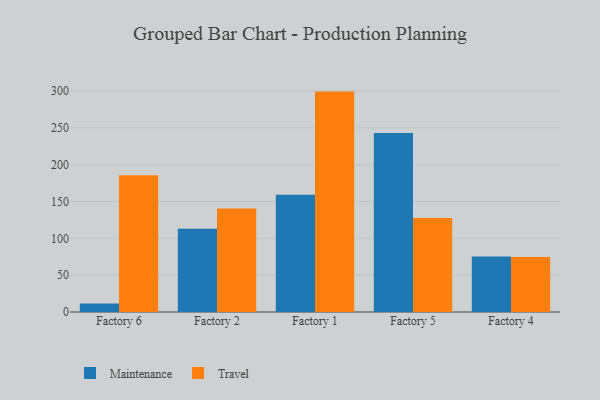
{"axis": {"x": "Factory", "y": "Shipments"}, "legend": ["Maintenance", "Travel"], "data": [{"x": "Factory 6", "y": 11.7, "type": "Maintenance"}, {"x": "Factory 6", "y": 185.8, "type": "Travel"}, {"x": "Factory 2", "y": 113.1, "type": "Maintenance"}, {"x": "Factory 2", "y": 140.5, "type": "Travel"}, {"x": "Factory 1", "y": 159.1, "type": "Maintenance"}, {"x": "Factory 1", "y": 299.3, "type": "Travel"}, {"x": "Factory 5", "y": 243.2, "type": "Maintenance"}, {"x": "Factory 5", "y": 127.8, "type": "Travel"}, {"x": "Factory 4", "y": 75.4, "type": "Maintenance"}, {"x": "Factory 4", "y": 74.7, "type": "Travel"}]}